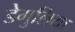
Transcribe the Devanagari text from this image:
डेगुलिया